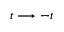
t \longrightarrow - t